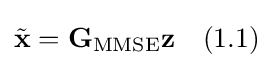
{\tilde {\mathbf {x} }}=\mathbf {G} _{\mathrm {MMSE} }\mathbf {z} \quad {\text{(1.1)}}